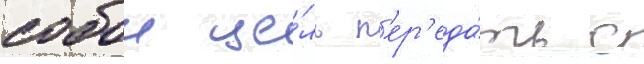
собои це́ль п'ер'еда́ть с